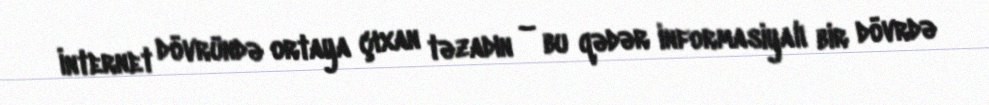
İnternet dövründə ortaya çıxan təzadın – bu qədər informasiyalı bir dövrdə